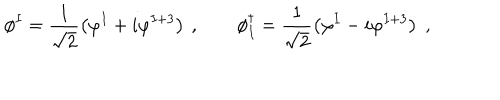
\phi ^ { I } = \frac { 1 } { \sqrt { 2 } } \left( \varphi ^ { I } + i \varphi ^ { I + 3 } \right) \: , \qquad \phi _ { I } ^ { \dagger } = \frac { 1 } { \sqrt { 2 } } \left( \varphi ^ { I } - i \varphi ^ { I + 3 } \right) \; ,